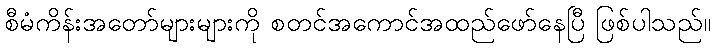
စီမံကိန်းအတော်များများကို စတင်အကောင်အထည်ဖော်နေပြီ ဖြစ်ပါသည်။